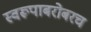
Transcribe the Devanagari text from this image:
स्वरूपाबरोबरच